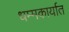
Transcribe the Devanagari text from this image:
धम्मकार्यात